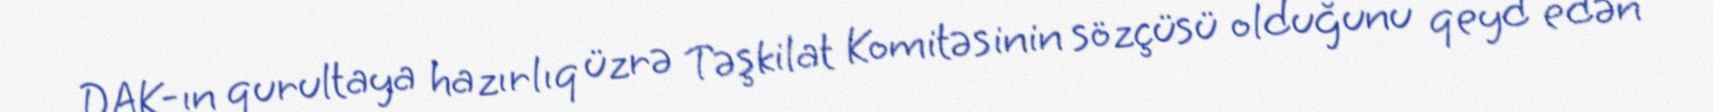
DAK-ın qurultaya hazırlıq üzrə Təşkilat Komitəsinin sözçüsü olduğunu qeyd edən